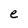
Character: e